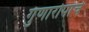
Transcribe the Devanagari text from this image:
गुणारोपांचे